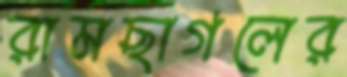
রামছাগলের